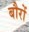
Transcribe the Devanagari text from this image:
बौरों